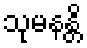
သုမနန္တိ